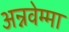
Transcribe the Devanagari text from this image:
अन्नवेम्मा